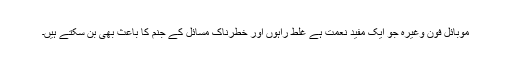
موبائل فون وغیرہ جو ایک مفید نعمت ہے غلط راہوں اور خطرناک مسائل کے جنم کا باعث بھی بن سکتے ہیں۔